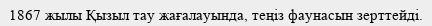
1867 жылы Қызыл тау жағалауында, теңіз фаунасын зерттейді.